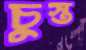
চুস্ত